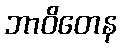
ဘာဝိတေန